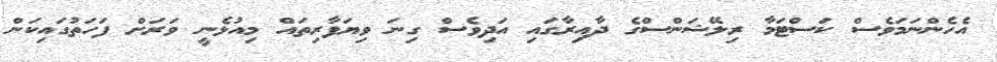
އެހެންނަމަވެސް ކަސްޓަމާ ރިލޭޝަންސްގެ ދާއިރާގައި އަދިވެސް ގިނަ ވިޔަފާރިތައް މިއުޅެނީ ވަރަށް ފަހަތުގައިކަން